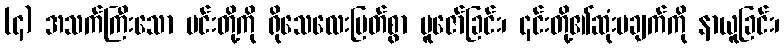
(၄) အသက်ကြီးသော မင်းတို့ကို ရိုသေလေးမြတ်စွာ ပူဇော်ခြင်း၊ ၎င်းတို့၏ဆုံးမချက်ကို နာယူခြင်း၊